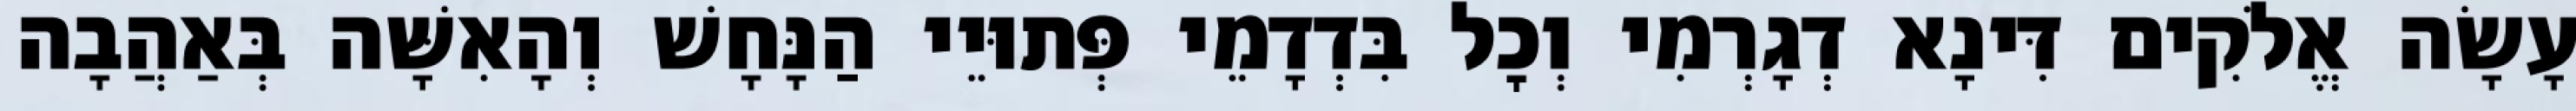
עָשָׂה אֱלֹקִים דִּינָא דְגָרְמִי וְכׇל בִּדְדָמֵי פְּתוּיֵי הַנָּחָשׁ וְהָאִשָּׁה בְּאַהֲבָה